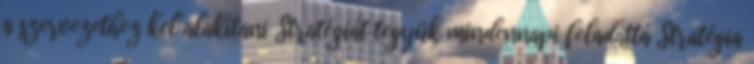
a szervezethez kel alakítani Stratégiát tegyük mindennapi feladattá Stratégia